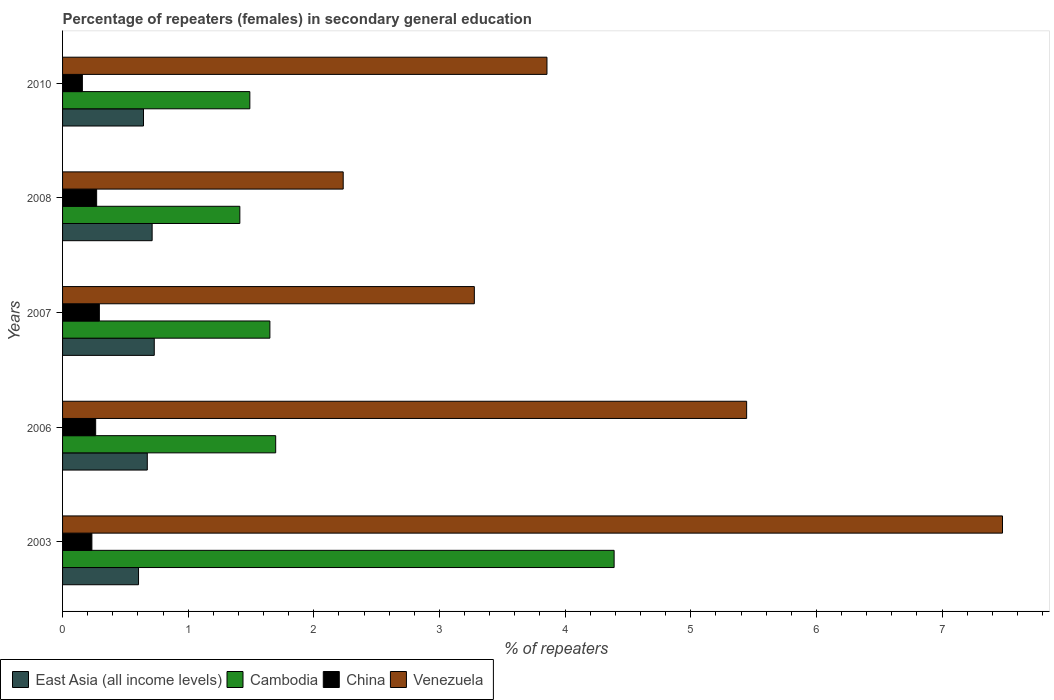
| Years | East Asia (all income levels) | Cambodia | China | Venezuela |
 | --- | --- | --- | --- | --- |
 | 2003 | 0.605 | 4.39 | 0.233 | 7.48 |
 | 2006 | 0.674 | 1.7 | 0.263 | 5.44 |
 | 2007 | 0.73 | 1.65 | 0.293 | 3.28 |
 | 2008 | 0.713 | 1.41 | 0.271 | 2.23 |
 | 2010 | 0.644 | 1.49 | 0.158 | 3.86 |